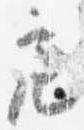
亮